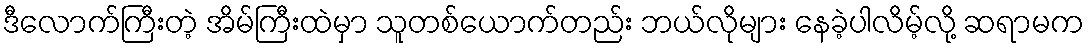
ဒီလောက်ကြီးတဲ့ အိမ်ကြီးထဲမှာ သူတစ်ယောက်တည်း ဘယ်လိုများ နေခဲ့ပါလိမ့်လို့ ဆရာမက